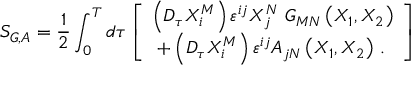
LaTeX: S _ { G , A } = \frac 1 2 \int _ { 0 } ^ { T } d \tau \left[ \begin{array} { c } { { \left( D _ { \tau } X _ { i } ^ { M } \right) \varepsilon ^ { i j } X _ { j } ^ { N } \, \, G _ { M N } \left( X _ { 1 } , X _ { 2 } \right) } } \\ { { + \left( D _ { \tau } X _ { i } ^ { M } \right) \varepsilon ^ { i j } A _ { j N } \left( X _ { 1 } , X _ { 2 } \right) \, . \, } } \end{array} \right]